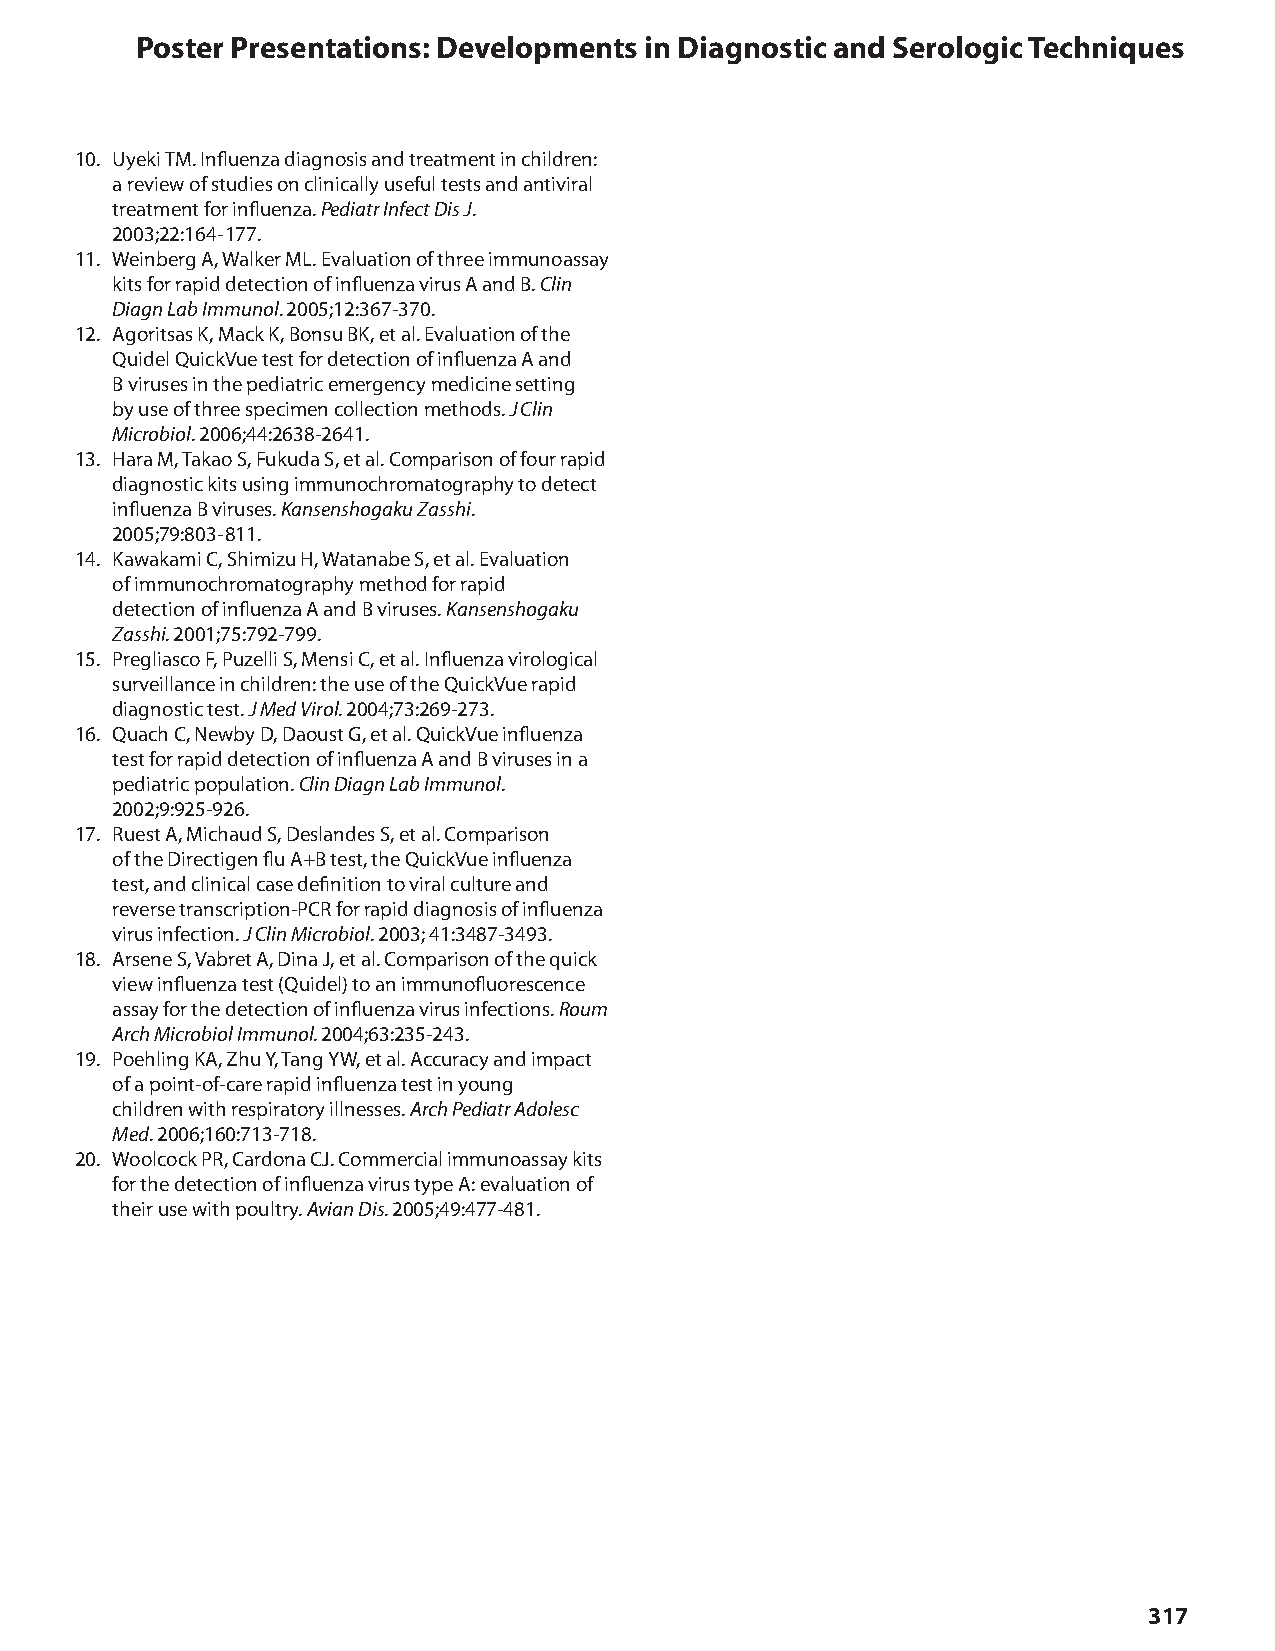
Poster Presentations: Developments in Diagnostic and Serologic Techniques
 10. Uyeki TM. Influenza diagnosis and treatment in children:
 a review of studies on clinically useful tests and antiviral
 treatment for influenza. Pediatr Infect Dis J.
 2003;22:164- 177.
 11. Weinberg A, Walker ML. Evaluation of three immunoassay
 kits for rapid detection of influenza virus A and B. Clin
 Diagn Lab Immunol. 2005;12:367-370.
 12. Agoritsas K, Mack K, Bonsu BK, et al. Evaluation of the
 Quidel QuickVue test for detection of influenza A and
 B viruses in the pediatric emergency medicine setting
 by use of three specimen collection methods. J Clin
 Microbiol. 2006;44:2638-2641.
 13. Hara M, Takao S, Fukuda S, et al. Comparison of four rapid
 diagnostic kits using immunochromatography to detect
 influenza B viruses. Kansenshogaku Zasshi.
 2005;79:803- 811.
 14. Kawakami C, Shimizu H, Watanabe S, et al. Evaluation
 of immunochromatography method for rapid
 detection of influenza A and B viruses. Kansenshogaku
 Zasshi. 2001;75:792-799.
 15. Pregliasco F, Puzelli S, Mensi C, et al. Influenza virological
 surveillance in children: the use of the QuickVue rapid
 diagnostic test. J Med Virol. 2004;73:269-273.
 16. Quach C, Newby D, Daoust G, et al. QuickVue influenza
 test for rapid detection of influenza A and B viruses in a
 pediatric population. Clin Diagn Lab Immunol.
 2002;9:925-926.
 17. Ruest A, Michaud S, Deslandes S, et al. Comparison
 of the Directigen flu A+B test, the QuickVue influenza
 test, and clinical case definition to viral culture and
 reverse transcription-PCR for rapid diagnosis of influenza
 virus infection. J Clin Microbiol. 2003; 41:3487-3493.
 18. Arsene S, Vabret A, Dina J, et al. Comparison of the quick
 view influenza test (Quidel) to an immunofluorescence
 assay for the detection of influenza virus infections. Roum
 Arch Microbiol Immunol. 2004;63:235-243.
 19. Poehling KA, Zhu Y, Tang YW, et al. Accuracy and impact
 of a point-of-care rapid influenza test in young
 children with respiratory illnesses. Arch Pediatr Adolesc
 Med. 2006;160:713-718.
 20. Woolcock PR, Cardona CJ. Commercial immunoassay kits
 for the detection of influenza virus type A: evaluation of
 their use with poultry. Avian Dis. 2005;49:477-481.
 317